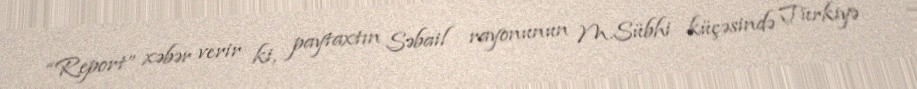
“Report” xəbər verir ki, paytaxtın Səbail rayonunun M.Sübhi küçəsində Türkiyə